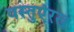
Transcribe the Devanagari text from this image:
वस्तुएंरख